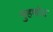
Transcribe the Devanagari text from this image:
मुहणोत